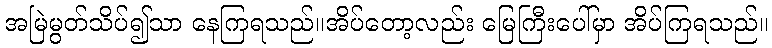
အမြဲမွတ်သိပ်၍သာ နေကြရသည်။အိပ်တော့လည်း မြေကြီးပေါ်မှာ အိပ်ကြရသည်။